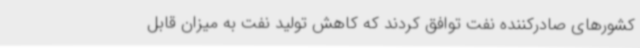
کشورهای صادرکننده نفت توافق کردند که کاهش تولید نفت به میزان قابل